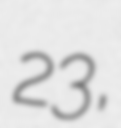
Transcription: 23,